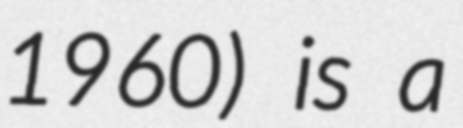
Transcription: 1960) is a